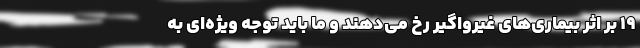
۱۹ بر اثر بیماری‌های غیرواگیر رخ می‌دهند و ما باید توجه ویژه‌ای به